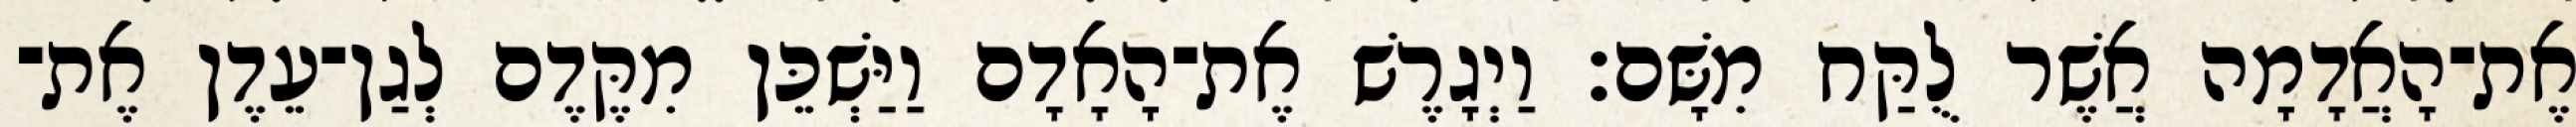
אֶת־הָאֲדָמָה אֲשֶׁר לֻקַּח מִשָּׁם׃ וַיְגָרֶשׁ אֶת־הָאָדָם וַיַּשְׁכֵּן מִקֶּדֶם לְגַן־עֵדֶן אֶת־